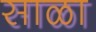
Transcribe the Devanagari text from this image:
साळा